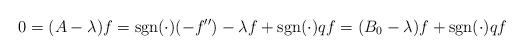
LaTeX: \begin{align*}0=(A-\lambda)f=\operatorname{sgn}(\cdot)(-f'') - \lambda f + \operatorname{sgn}(\cdot)qf=(B_0-\lambda)f +\operatorname{sgn}(\cdot)qf\end{align*}